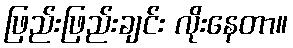
ဖြည်းဖြည်းချင်း လိုးနေတာ။